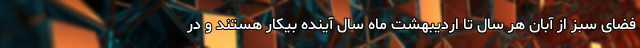
فضای سبز از آبان هر سال تا اردیبهشت ماه سال آینده بیکار هستند و در